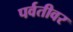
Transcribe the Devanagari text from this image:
पर्वतीवर